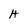
Character: H